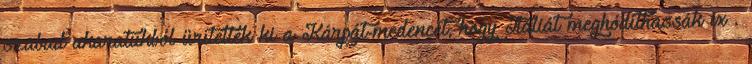
szabad akaratukból ürítették ki a Kárpát-medencét, hogy Itáliát meghódíthassák ix .